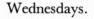
Wednesdays.